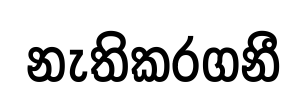
නැතිකරගනී